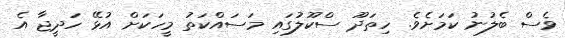
ވެސް ބެލުނު ކަމަށެވެ. ހިތަދޫ ސްކޫލުގައި މަސައްކަތު މީހަކަށް އުޅޭ ހަދީޖާ އެ